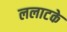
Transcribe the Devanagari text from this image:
ललाटके